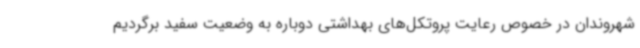
شهروندان در خصوص رعایت پروتکل‌های بهداشتی دوباره به وضعیت سفید برگردیم